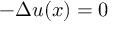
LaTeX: - \Delta u ( x ) = 0